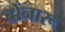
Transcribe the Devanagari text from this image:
बोंनारू